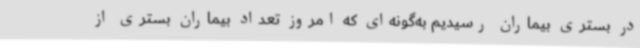
در بستری بیماران رسیدیم به‌گونه‌ای که امروز تعداد بیماران بستری از